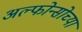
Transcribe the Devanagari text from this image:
अल्फोन्सोच्या